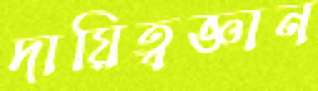
দায়িত্বজ্ঞান